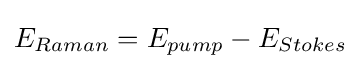
E_{Raman}=E_{pump}-E_{Stokes}